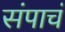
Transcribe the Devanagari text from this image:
संपाचं